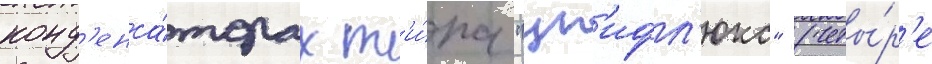
конд'енса́торах т'и́па "ун'ифл'юкс" (четы́р'е